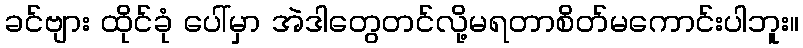
ခင်ဗျား ထိုင်ခုံ ပေါ်မှာ အဲဒါတွေတင်လို့မရတာစိတ်မကောင်းပါဘူး။